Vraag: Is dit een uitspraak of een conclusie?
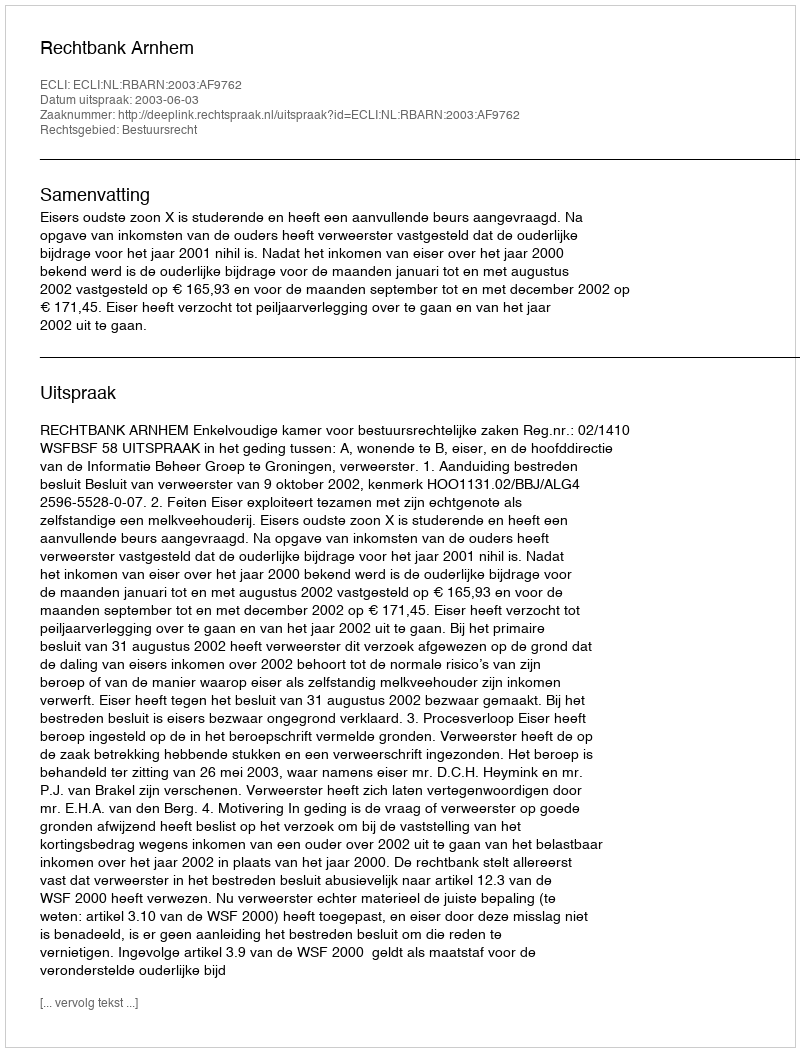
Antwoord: Uitspraak